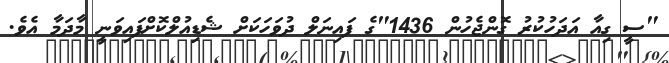
"ސީ ގިއާ އަދަހުކުރު ގޮންޖެހުން 1436"ގެ ފައިނަލް ދުވަހަކަށް ޝެޑިއުލްކޮށްފައިވަނީ މާދަމާ އެވެ.